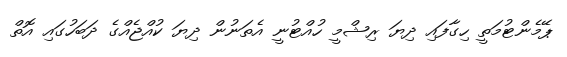
ޕޭމެންޓުމަތީ ހިގާފައި ދިޔަ ރިޝްމީ ހުއްޓުނީ އެތަނުން ދިޔަ ކުއްޖެއްގެ ދަބަހުގައި އޮތް